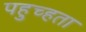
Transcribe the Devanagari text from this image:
पहुच्हता